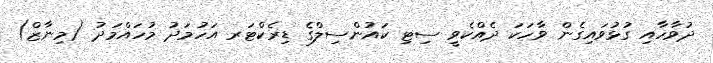
ދުވާހާއި ގުޅުވައިގެން ވާހަކަ ދެއްކެވީ ސިޓި ކައުންސިލްގެ ޑިރެކްޓަރ އަހުމަދު މުހައްމަދު (މިނާޒް)